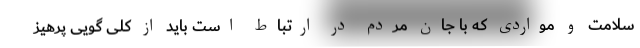
سلامت و مواردی که با جان مردم در ارتباط است باید از کلی گویی پرهیز